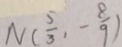
N ( \frac { 5 } { 3 } , - \frac { 8 } { 9 } )